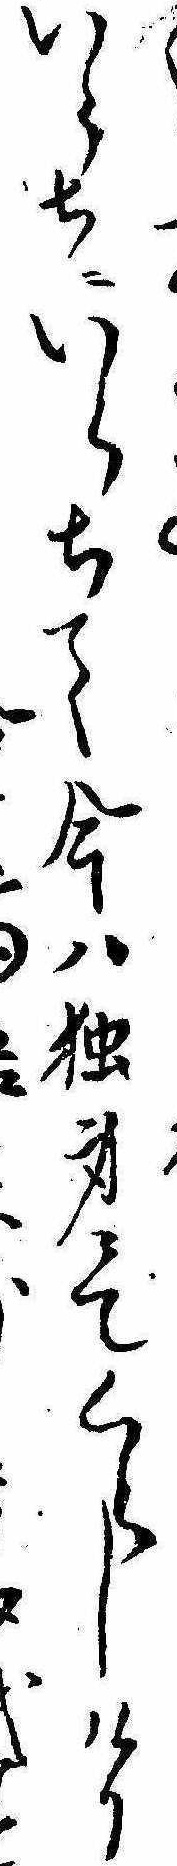
いらちにいらちて今は独身にてくらしけり